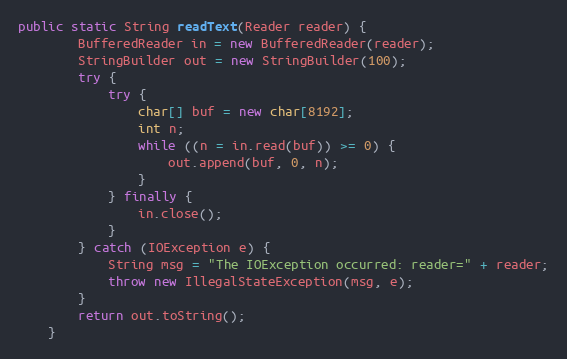
Language: Java
public static String readText(Reader reader) {
        BufferedReader in = new BufferedReader(reader);
        StringBuilder out = new StringBuilder(100);
        try {
            try {
                char[] buf = new char[8192];
                int n;
                while ((n = in.read(buf)) >= 0) {
                    out.append(buf, 0, n);
                }
            } finally {
                in.close();
            }
        } catch (IOException e) {
            String msg = "The IOException occurred: reader=" + reader;
            throw new IllegalStateException(msg, e);
        }
        return out.toString();
    }